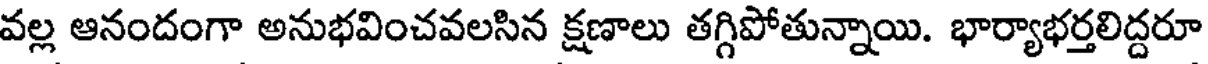
వల్ల ఆనందంగా అనుభవించవలసిన క్షణాలు తగ్గిపోతున్నాయి. భార్యాభర్తలిద్దరూ